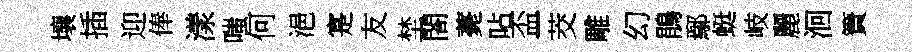
壤插迎俸漾嗤何浥寔友埜閤薧呫盃茭雕幻鵑鄢蜓岐麗洄簀